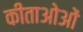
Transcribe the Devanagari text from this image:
कीताओओं